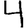
Digit: 4